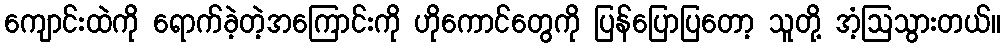
ကျောင်းထဲကို ရောက်ခဲ့တဲ့အကြောင်းကို ဟိုကောင်တွေကို ပြန်ပြောပြတော့ သူတို့ အံ့ဩသွားတယ်။